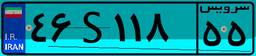
۰۲S۵۷۴۷۷